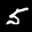
Label: 5